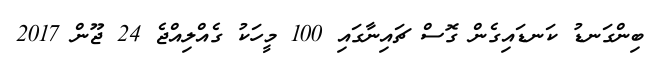
ބިންގަނޑު ކަނޑައިގެން ގޮސް ޗައިނާގައި 100 މީހަކު ގެއްލިއްޖެ 24 ޖޫން 2017